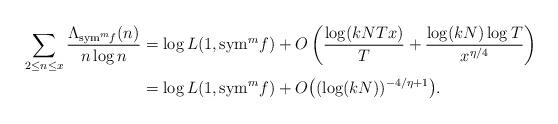
LaTeX: \begin{align*}\begin{aligned}\sum_{2\leq n \leq x} \frac{\Lambda_{{\rm sym}^m f}(n)}{n\log n}& = \log L(1,{\rm sym}^m f)+O\left(\frac{\log (kNTx)}{T}+\frac{\log (kN)\log T}{x^{\eta/4}}\right)\\& = \log L(1,{\rm sym}^m f)+O\big((\log (kN))^{-4/\eta+1}\big).\end{aligned}\end{align*}